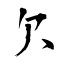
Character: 欠